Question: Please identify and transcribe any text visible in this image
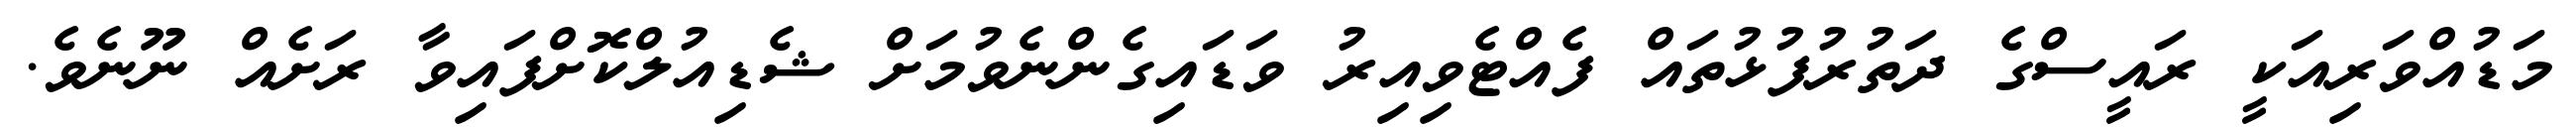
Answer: މަޑުއްވަރިއަކީ ރައީސްގެ ދަތުރުފުޅުތައް ފެއްޓެވިއިރު ވަޑައިގެންނެވުމަށް ޝެޑިއުލްކޮށްފައިވާ ރަށެއް ނޫނެވެ.